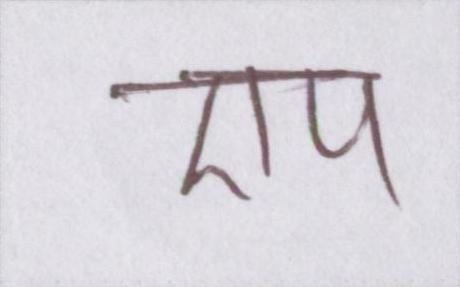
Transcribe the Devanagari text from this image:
एप